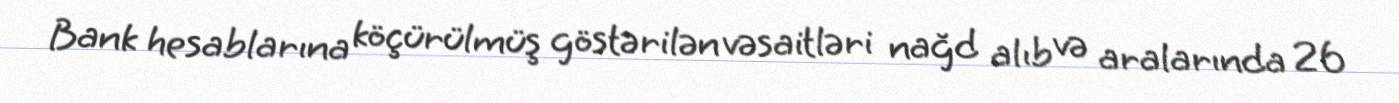
Bank hesablarına köçürülmüş göstərilən vəsaitləri nağd alıb və aralarında 26